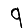
Digit: 9